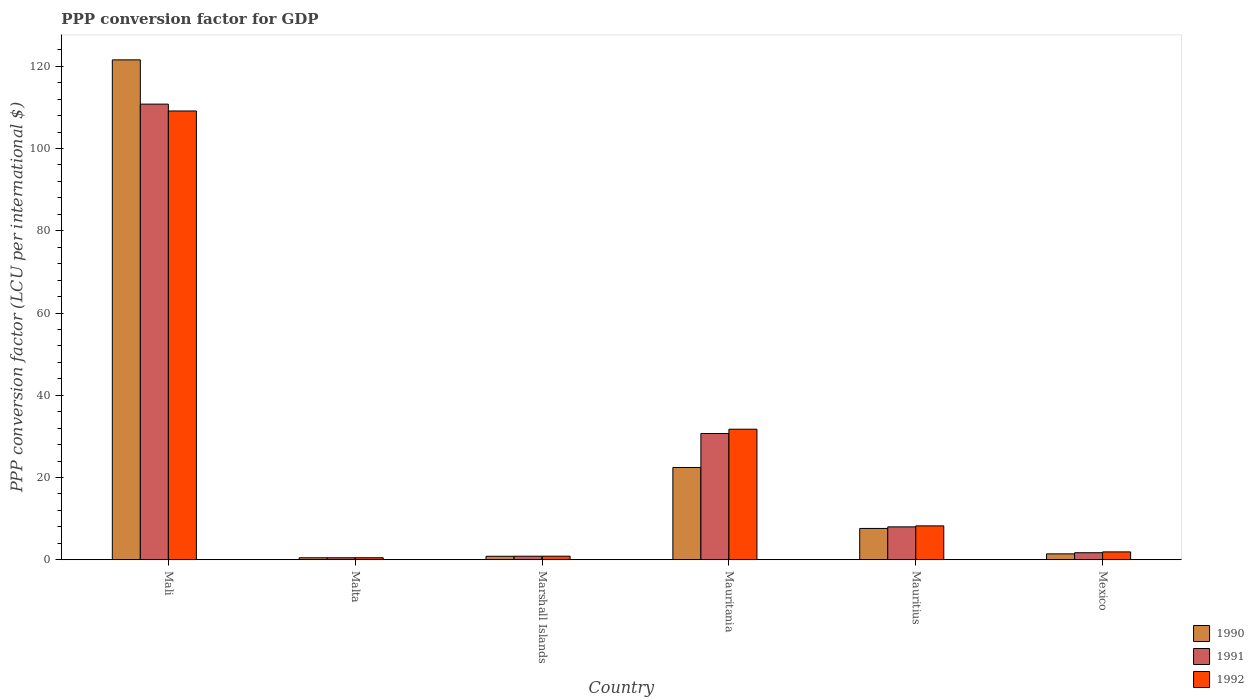
| Country | 1990 | 1991 | 1992 |
 | --- | --- | --- | --- |
 | Mali | 122 | 111 | 109 |
 | Malta | 0.487 | 0.487 | 0.493 |
 | Marshall Islands | 0.85 | 0.864 | 0.87 |
 | Mauritania | 22.4 | 30.7 | 31.7 |
 | Mauritius | 7.62 | 8 | 8.24 |
 | Mexico | 1.43 | 1.71 | 1.91 |